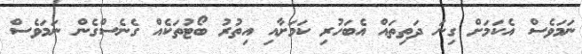
ނަމަވެސް އެކަމަށް ގިނަ ދަތިތައް އެބަހުރި ކަމަށާއި އިތުރު ބޯޓުތަކެއް ގެނެސްގެން ނަމަވެސް